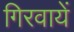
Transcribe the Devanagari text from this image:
गिरवायें